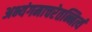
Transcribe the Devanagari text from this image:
अभ्यंगमाचरेतन्नित्यं